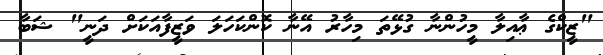
"ޒީކްގެ ޢާއިލާ މީހުންނާ ގުޅޭތަ މިހާރު އޭނާ ކޮންކަހަލަ ވަޒީފާއަކަށް ދަނީ" ޝަބާ